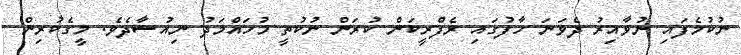
ނުކުމެފައި ނުވާއިރު ދެވަނަ ހާފުގައި ރެފްރީކަން ކުރަން ނުކުތީ މުހައްމަދު ނިއުޝާދެވެ. މީގެކުރިން